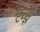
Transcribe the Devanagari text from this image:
टेम्झ